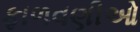
ફાળવણીઓ